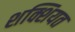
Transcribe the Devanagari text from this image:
शक्शियत